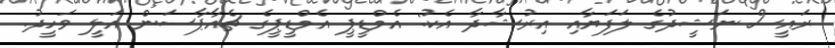
ރައީސް ނަޝީދުގެ ލަފަޔާއި އިރުޝާދާ އެކު: އެމްޑީޕީ އެމްޑީޕީގެ ޗެއާޕާސަން އަލީ ވަހީދު.